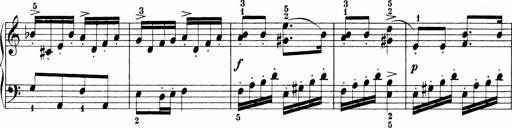
Title: Sonatinen Op.47, 98 und 136, nebst 6 Liedersonatinen
Composer: Carl Reinecke